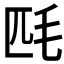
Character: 𣬮